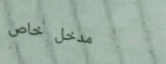
مدخل خاص